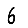
Digit: 6